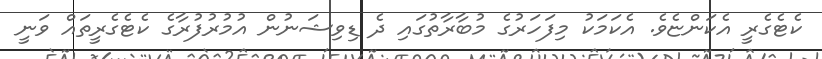
ކެޓެގެރީ އެކަންޏެވެ. އެކަމަކު މިފަހަރުގެ މުބާރާތުގައި ދެ ޑިވިޝަނުން އުމުރުފުރާގެ ކެޓެގެރީތައް ވަނީ